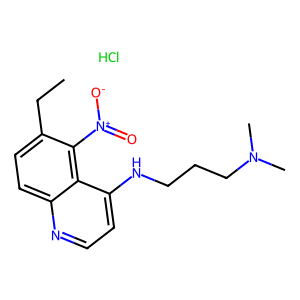
SMILES: CCc1ccc2nccc(NCCCN(C)C)c2c1[N+](=O)[O-].Cl
Inhibits HIV replication: No